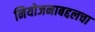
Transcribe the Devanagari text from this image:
नियोजनाबद्दलचा